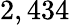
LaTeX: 2,434